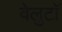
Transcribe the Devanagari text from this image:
वेलुटाॅ